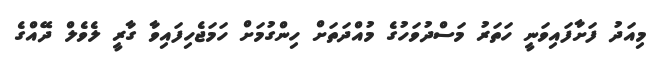
މިއަދު ފަށާފައިވަނީ ހަތަރު މަސްދުވަހުގެ މުއްދަތަށް ހިންގުމަށް ހަމަޖެހިފައިވާ ގާރީ ލެވެލް ދޭއްގެ